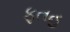
ફતહ